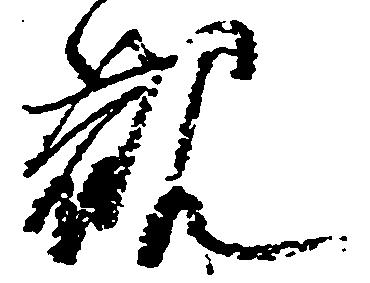
観